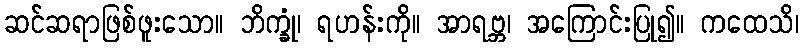
ဆင်ဆရာဖြစ်ဖူးသော။ ဘိက္ခုံ၊ ရဟန်းကို။ အာရဗ္ဘ၊ အကြောင်းပြု၍။ ကထေသိ၊